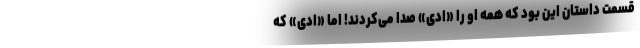
قسمت داستان این بود که همه او را «ادی» صدا می‌کردند! اما «ادی» که